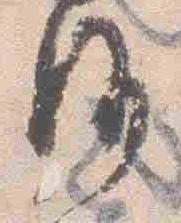
沙